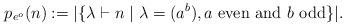
LaTeX: \begin{align*} p_{e^o}(n):=|\{\lambda\vdash n \mid \lambda= (a^b), a \mbox{ even and } b \mbox{ odd} \}|.\end{align*}